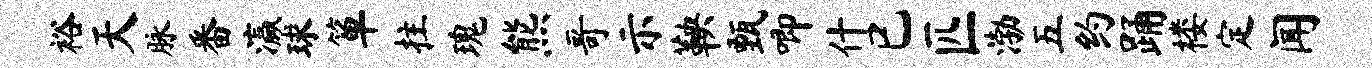
裕天脉番瀛球箪拄瑰熊哥示鞅甄唧什已匹渤五约踊楼定闻